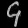
Digit: ၄